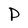
Character: P